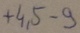
Text: +4,5-9